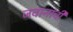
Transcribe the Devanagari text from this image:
जवानांची